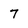
Character: 7